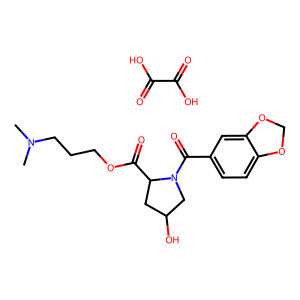
SMILES: CN(C)CCCOC(=O)C1CC(O)CN1C(=O)c1ccc2c(c1)OCO2.O=C(O)C(=O)O
Inhibits HIV replication: No